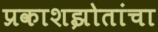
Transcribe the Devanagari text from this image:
प्रकाशझोतांचा